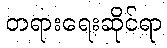
တရားရေးဆိုင်ရာ